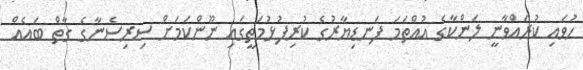
ހުވައި ކުރައްވާނީ ލަންކާގެ އުއްތަމަ ފަނޑިޔާރުގެ ކުރިފުޅުމަތީގައި ނޫންކަމަށް ސިރިސެނާގެ ގާތް ބައެއް